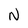
Character: N